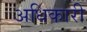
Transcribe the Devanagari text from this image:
अधिकारी